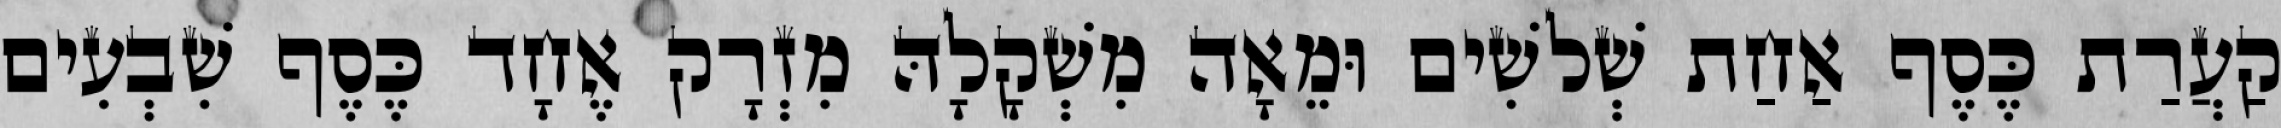
קַעֲרַת כֶּסֶף אַחַת שְׁלשִׁים וּמֵאָה מִשְׁקָלָהּ מִזְרָק אֶחָד כֶּסֶף שִׁבְעִים